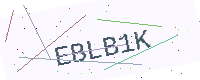
Text: EBLB1K